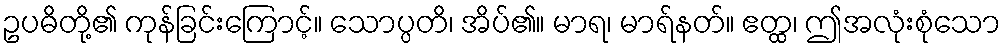
ဥပဓိတို့၏ ကုန်ခြင်းကြောင့်။ သောပ္ပတိ၊ အိပ်၏။ မာရ၊ မာရ်နတ်။ ဧတ္ထ၊ ဤအလုံးစုံသော